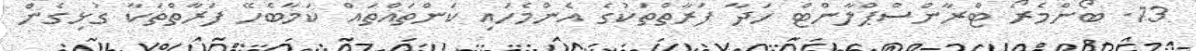
13. ބޯންމެރޯ ޓްރާންސްޕްލާންޓް ހަދާ ފަރާތްތަކުގެ އެންމެހައި ކަންތައްތައް ކަމާބެހޭ ފަރާތްތަކާ ގުޅިގެން